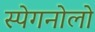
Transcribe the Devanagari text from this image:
स्पेगनोलो